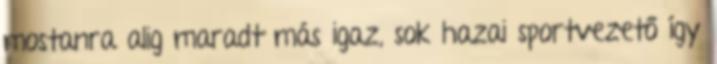
mostanra alig maradt más igaz, sok hazai sportvezető így